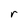
Character: r